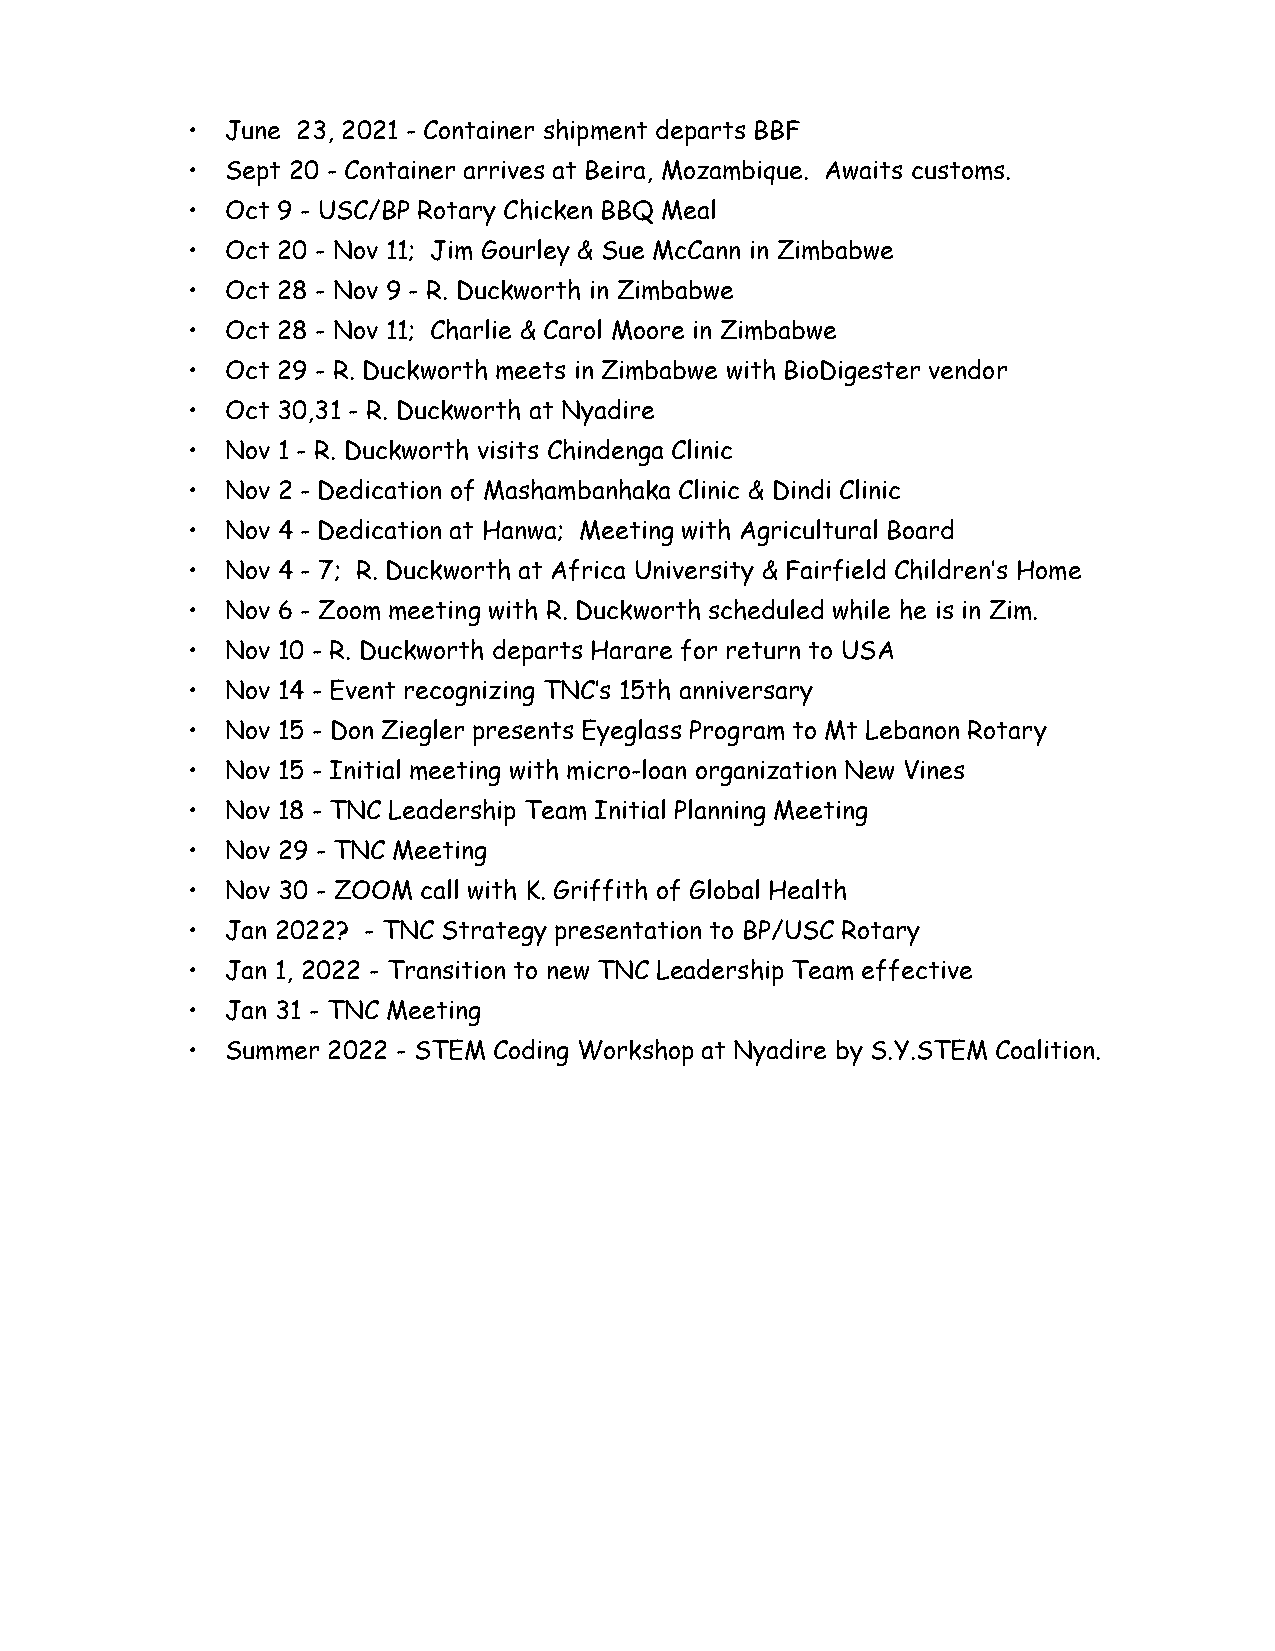
•  June 23, 2021 - Container shipment departs BBF
 •  Sept 20 - Container arrives at Beira, Mozambique. Awaits customs.
 •  Oct 9 - USC/BP Rotary Chicken BBQ Meal
 •  Oct 20 - Nov 11; Jim Gourley & Sue McCann in Zimbabwe
 •  Oct 28 - Nov 9 - R. Duckworth in Zimbabwe
 •  Oct 28 - Nov 11; Charlie & Carol Moore in Zimbabwe
 •  Oct 29 - R. Duckworth meets in Zimbabwe with BioDigester vendor
 •  Oct 30,31 - R. Duckworth at Nyadire
 •  Nov 1 - R. Duckworth visits Chindenga Clinic
 •  Nov 2 - Dedication of Mashambanhaka Clinic & Dindi Clinic
 •  Nov 4 - Dedication at Hanwa; Meeting with Agricultural Board
 •  Nov 4 - 7; R. Duckworth at Africa University & Fairfield Children’s Home
 •  Nov 6 - Zoom meeting with R. Duckworth scheduled while he is in Zim.
 •  Nov 10 - R. Duckworth departs Harare for return to USA
 •  Nov 14 - Event recognizing TNC’s 15th anniversary
 •  Nov 15 - Don Ziegler presents Eyeglass Program to Mt Lebanon Rotary
 •  Nov 15 - Initial meeting with micro-loan organization New Vines
 •  Nov 18 - TNC Leadership Team Initial Planning Meeting
 •  Nov 29 - TNC Meeting
 •  Nov 30 - ZOOM call with K. Griffith of Global Health
 •  Jan 2022? - TNC Strategy presentation to BP/USC Rotary
 •  Jan 1, 2022 - Transition to new TNC Leadership Team effective
 •  Jan 31 - TNC Meeting
 •  Summer 2022 - STEM Coding Workshop at Nyadire by S.Y.STEM Coalition.